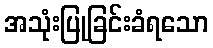
အသုံးပြုခြင်းခံရသော